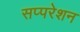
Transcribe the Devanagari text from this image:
सप्परेशन